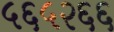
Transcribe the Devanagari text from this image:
५६५२६६